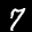
Label: 7